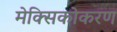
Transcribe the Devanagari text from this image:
मेक्सिकोकरण